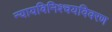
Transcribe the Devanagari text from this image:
न्यायविनिश्चयविवरण